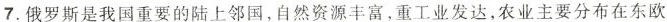
7.俄罗斯是我国重要的陆上邻国，自然资源丰富，重工业发达，农业主要分布在东欧